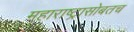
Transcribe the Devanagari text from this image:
महाराष्ट्रासोबतच